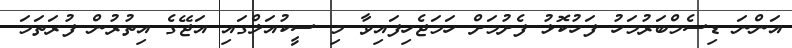
އަންނަ ޑިސެމްބަރުމަހު ފަހުކޮޅު ފެށުމަށް ހަމަޖެހިފައިވާ މި ސީކުއަލްގައި އަޖޭގެ އިތުރުން ފުރަތަމަ